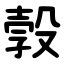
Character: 㝅